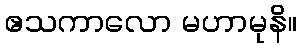
ဧသကာလော မဟာမုနိ။